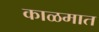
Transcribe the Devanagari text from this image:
काळमात